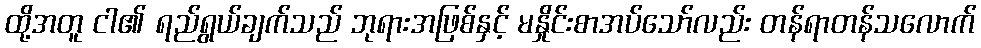
ထို့အတူ ငါ၏ ရည်ရွယ်ချက်သည် ဘုရားအဖြစ်နှင့် မနှိုင်းစာအပ်သော်လည်း တန်ရာတန်သလောက်